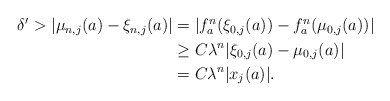
\begin{align*}\begin{aligned}\delta'>|\mu_{n,j}(a)-\xi_{n,j}(a)|&=|f_{a}^{n}(\xi_{0,j}(a))-f_{a}^{n}(\mu_{0,j}(a))|\\&\geq C\lambda^{n}|\xi_{0,j}(a)-\mu_{0,j}(a)|\\&=C\lambda^n |x_j(a)|.\end{aligned}\end{align*}